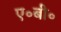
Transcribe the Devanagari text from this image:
ए॰बी॰